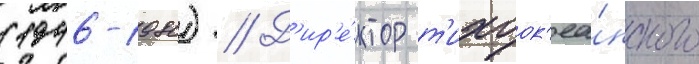
(1946-1980) // Д'ир'е́ктор т'ихоок'еа́нского